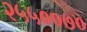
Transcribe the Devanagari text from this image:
२५५००७०